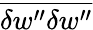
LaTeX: \overline{{{\delta w^{\prime\prime}\delta w^{\prime\prime}}}}